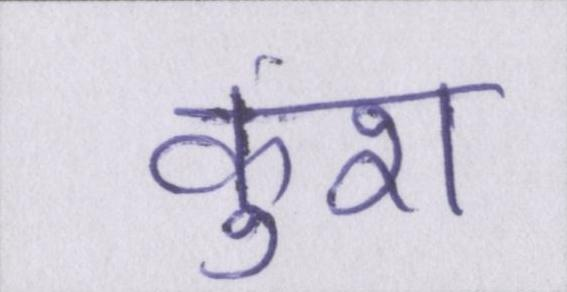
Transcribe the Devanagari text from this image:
कुश